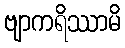
ဗျာကရိဿာမိ